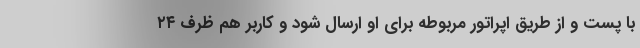
با پست و از طریق اپراتور مربوطه برای او ارسال شود و کاربر هم ظرف ۲۴